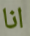
انا